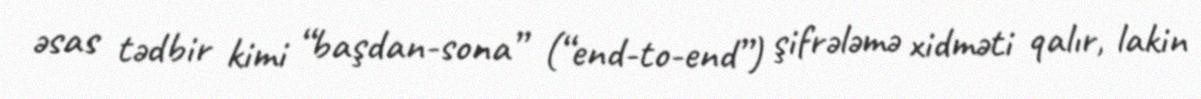
əsas tədbir kimi “başdan-sona” (“end-to-end”) şifrələmə xidməti qalır, lakin